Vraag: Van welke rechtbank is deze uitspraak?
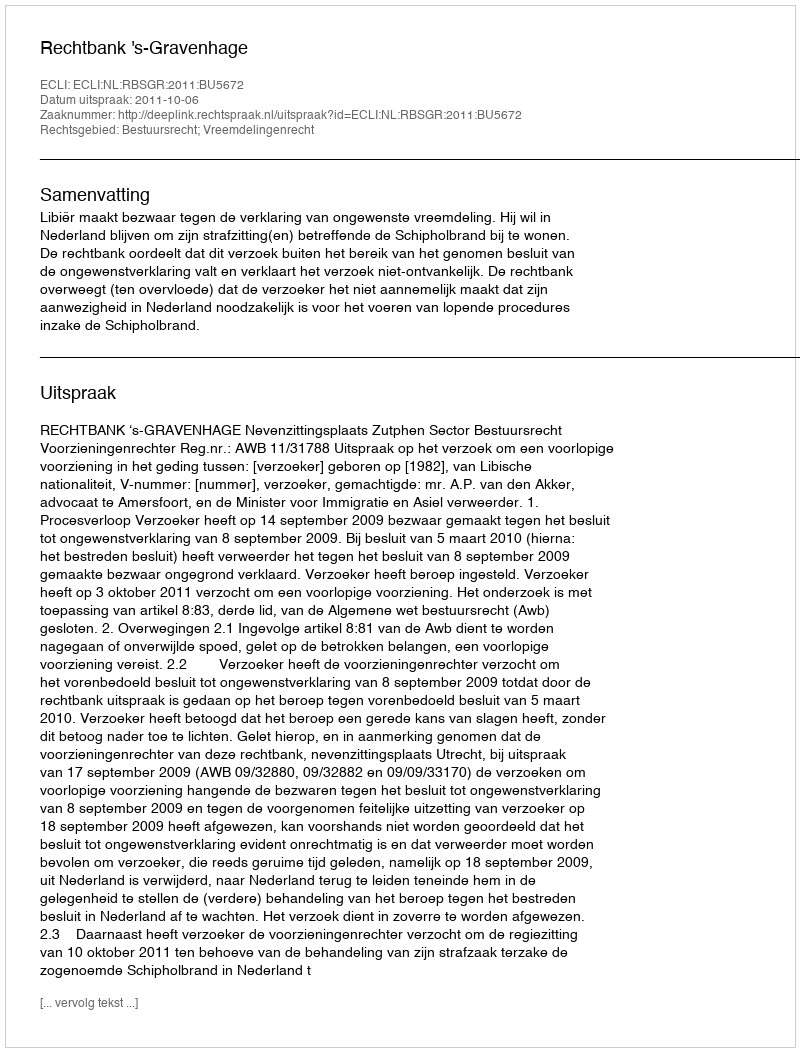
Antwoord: Rechtbank 's-Gravenhage